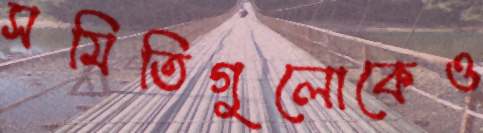
সমিতিগুলোকেও